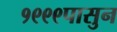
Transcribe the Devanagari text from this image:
१९९९पासुन